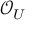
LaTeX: { \mathcal { O } } _ { U }